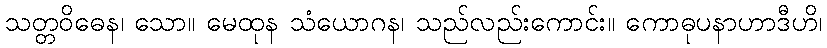
သတ္တဝိဓေန၊ သော။ မေထုန သံယောဂန၊ သည်လည်းကောင်း။ ကောဓုပနာဟာဒီဟိ၊